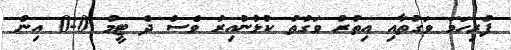
ފުރިހަމަ ވަގުތާއި އިތުރު ވަގުތު ކުޅުނުއިރު ވެސް ދެ ޓީމު 0-0 އިން